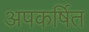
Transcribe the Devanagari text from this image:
अपकर्षित